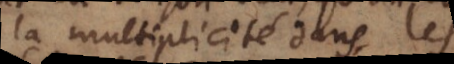
la multiplicité dans les